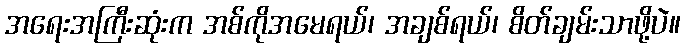
အရေးအကြီးဆုံးက အစ်ကိုအမေရယ်၊ အချစ်ရယ်၊ စိတ်ချမ်းသာဖို့ပဲ။